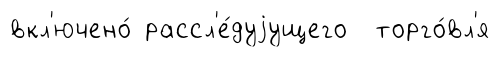
вкл'ючено́ рассл'е́дуjущего торго́вл'я